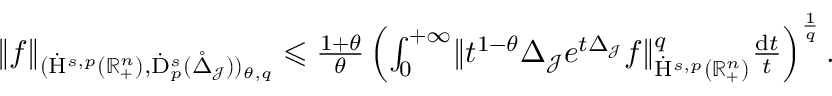
\begin{array} { r } { \lVert f \rVert _ { ( \dot { \mathrm { H } } ^ { s , p } ( \mathbb { R } _ { + } ^ { n } ) , \dot { \mathrm { D } } _ { p } ^ { s } ( \mathring { \Delta } _ { \mathcal { J } } ) ) _ { \theta , q } } \leqslant \frac { 1 + \theta } { \theta } \left( \int _ { 0 } ^ { + \infty } \lVert t ^ { 1 - \theta } \Delta _ { \mathcal { J } } e ^ { t \Delta _ { \mathcal { J } } } f \rVert _ { \dot { \mathrm { H } } ^ { s , p } ( \mathbb { R } _ { + } ^ { n } ) } ^ { q } \frac { \mathrm { d } t } { t } \right) ^ { \frac { 1 } { q } } \mathrm { . } } \end{array}